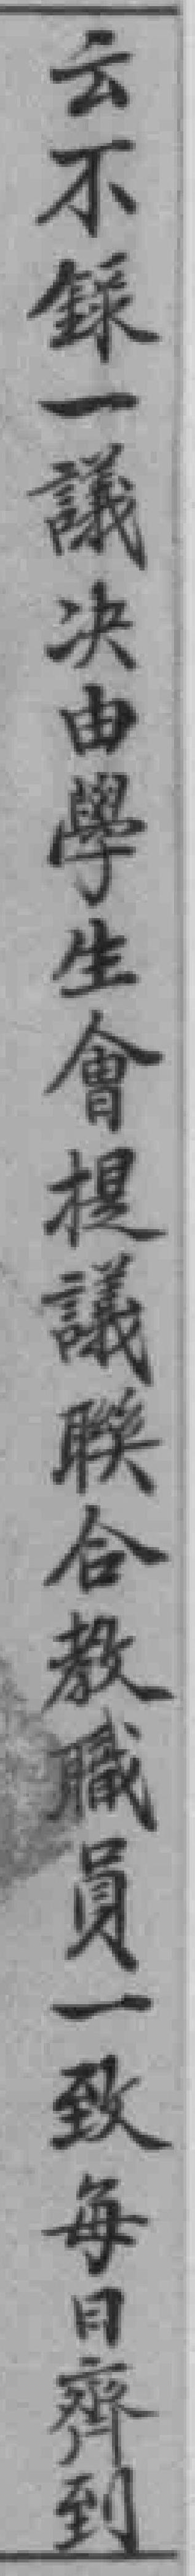
云不錄一議決由學生會提議联合教職員一致每日齊到